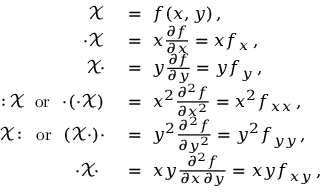
{ \begin{array} { r l } { { \mathcal { X } } \ } & { = \ f ( x , y ) \, , } \\ { \cdot { \mathcal { X } } \ } & { = \ x { \frac { \partial f } { \partial x } } = x f _ { x } \, , } \\ { { \mathcal { X } } \! \cdot \ } & { = \ y { \frac { \partial f } { \partial y } } = y f _ { y } \, , } \\ { \colon \! { \mathcal { X } } \, { \mathrm { ~ o r ~ } } \, \cdot \! \left( \cdot { \mathcal { X } } \right) \ } & { = \ x ^ { 2 } { \frac { \partial ^ { 2 } f } { \partial x ^ { 2 } } } = x ^ { 2 } f _ { x x } \, , } \\ { { \mathcal { X } } \colon \, { \mathrm { ~ o r ~ } } \, \left( { \mathcal { X } } \cdot \right) \! \cdot \ } & { = \ y ^ { 2 } { \frac { \partial ^ { 2 } f } { \partial y ^ { 2 } } } = y ^ { 2 } f _ { y y } \, , } \\ { \cdot { \mathcal { X } } \! \cdot \ \ } & { = \ x y { \frac { \partial ^ { 2 } f } { \partial x \, \partial y } } = x y f _ { x y } \, , } \end{array} }